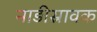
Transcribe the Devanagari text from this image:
नाड़ीस्रावक